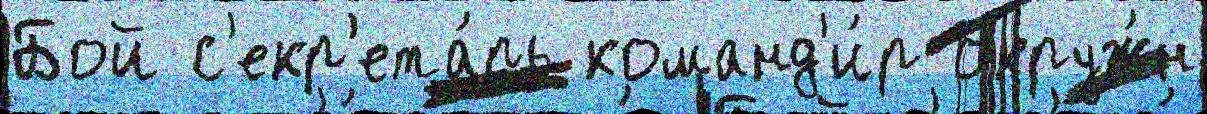
Бой с'екр'ета́рь команд'и́р окруж́н